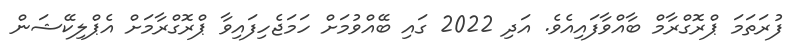
ފުރަތަމަ ޕްރޮގްރާމް ބާއްވާފައިއެވެ. އަދި 2022 ގައި ބޭއްވުމަށް ހަމަޖެހިފައިވާ ޕްރޮގްރާމަށް އެޕްލިކޭޝަން